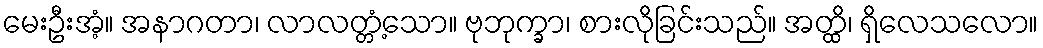
မေးဦးအံ့။ အနာဂတာ၊ လာလတ္တံ့သော။ ဗုဘုက္ခာ၊ စားလိုခြင်းသည်။ အတ္ထိ၊ ရှိလေသလော။